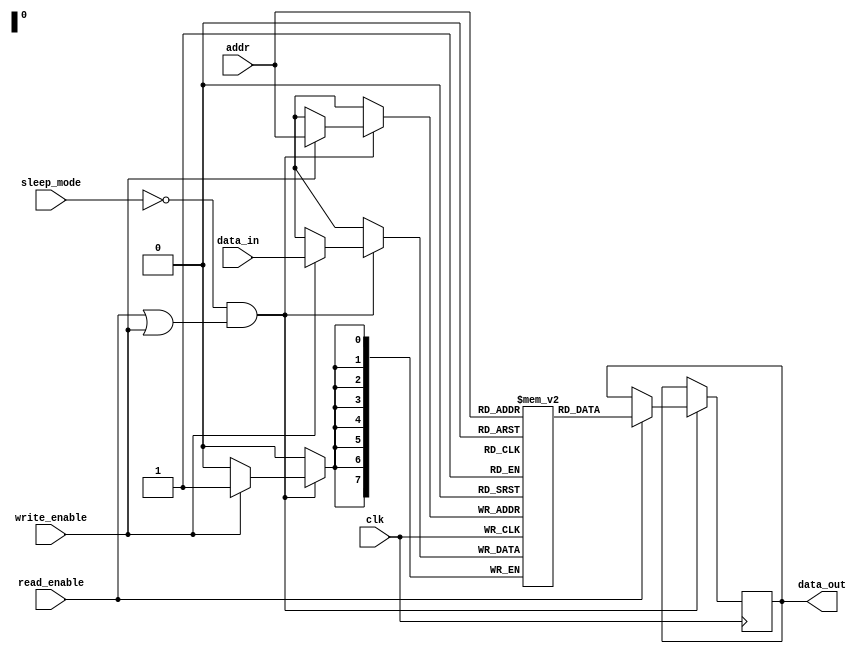
module memory_block #(
    parameter ADDR_WIDTH = 8,        // Address width
    parameter DATA_WIDTH = 8,        // Data width
    parameter MEM_SIZE = 256          // Memory size (2^ADDR_WIDTH)
)(
    input wire clk,                  // Main clock input
    input wire read_enable,          // Read enable signal
    input wire write_enable,         // Write enable signal
    input wire sleep_mode,           // Sleep mode signal
    input wire [ADDR_WIDTH-1:0] addr, // Address input
    input wire [DATA_WIDTH-1:0] data_in, // Data input for write
    output reg [DATA_WIDTH-1:0] data_out // Data output for read
);

    // Memory array declaration
    reg [DATA_WIDTH-1:0] memory [0:MEM_SIZE-1];

    // Clock gating logic
    wire clk_en;
    
    // Clock gating logic: Enable clock when not in sleep mode and either read or write is enabled
    assign clk_en = ~sleep_mode & (read_enable | write_enable);

    // Clocked process to handle memory operations
    always @(posedge clk) begin
        if (clk_en) begin
            if (write_enable) begin
                // Write operation
                memory[addr] <= data_in;
            end
            if (read_enable) begin
                // Read operation
                data_out <= memory[addr];
            end
        end
    end

    // Optional: Additional logic to implement power management, testability, etc.
    // Add your additional logic here as needed

endmodule